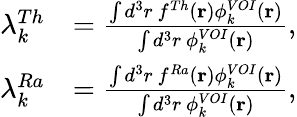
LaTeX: \begin{array}{rl}{\lambda_{k}^{Th}}&{=\frac{\int d^{3}r~f^{Th}(\mathbf{r})\phi_{k}^{VOI}(\mathbf{r})}{\int d^{3}r~\phi_{k}^{VOI}(\mathbf{r})},}\\ {\lambda_{k}^{Ra}}&{=\frac{\int d^{3}r~f^{Ra}(\mathbf{r})\phi_{k}^{VOI}(\mathbf{r})}{\int d^{3}r~\phi_{k}^{VOI}(\mathbf{r})},}\end{array}